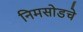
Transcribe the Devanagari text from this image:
निमसोडचे